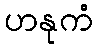
ဟနုကံ